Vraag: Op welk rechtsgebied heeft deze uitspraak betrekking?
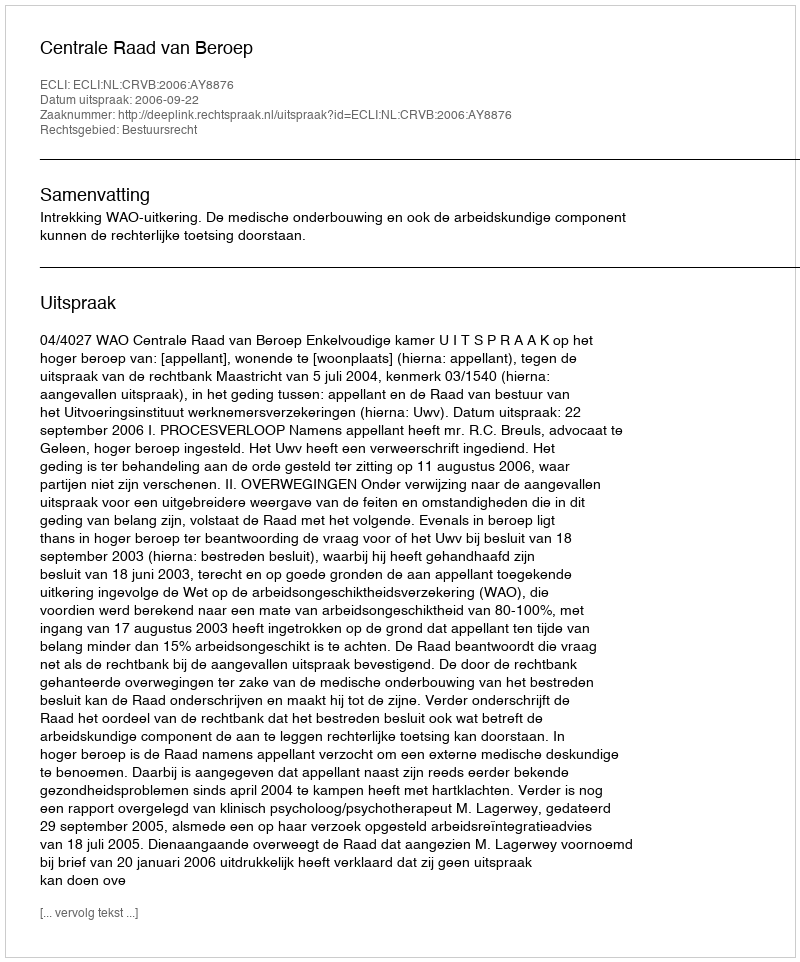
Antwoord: Bestuursrecht